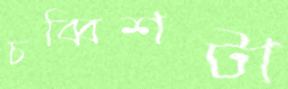
চব্বিশটা